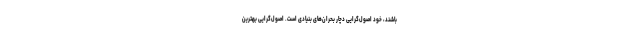
باشند، خود اصول‌گرایی دچار بحران‌های بنیادی است. اصول‌گرایی بهترین